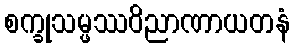
စက္ခုသမ္ဖဿဝိညာဏာယတနံ